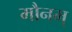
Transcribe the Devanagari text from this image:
मौनम्